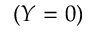
( Y = 0 )